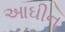
આઘીન